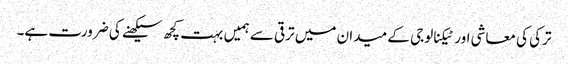
ترکی کی معاشی اور ٹیکنالوجی کے میدان میں ترقی سے ہمیں بہت کچھ سیکھنے کی ضرورت ہے۔